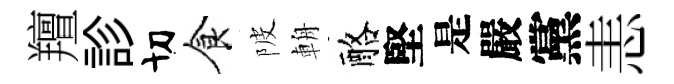
羶診切食陂輈酪堅是嚴黨恚